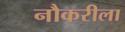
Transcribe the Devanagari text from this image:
नौकरीला